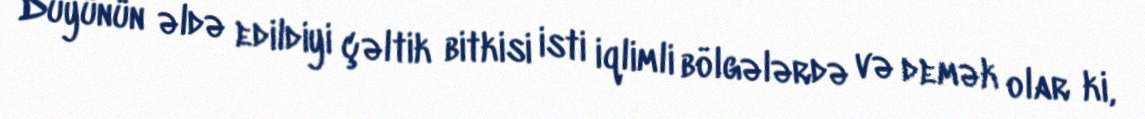
Düyünün əldə edildiyi çəltik bitkisi isti iqlimli bölgələrdə və demək olar ki,